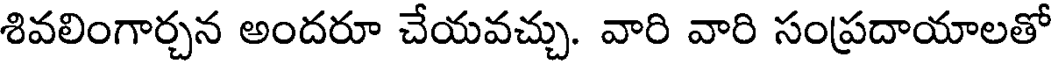
శివలింగార్చన అందరూ చేయవచ్చు. వారి వారి సంప్రదాయాలతో